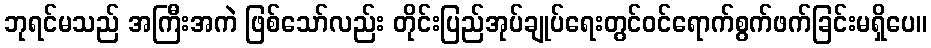
ဘုရင်မသည် အကြီးအကဲ ဖြစ်သော်လည်း တိုင်းပြည်အုပ်ချုပ်ရေးတွင်ဝင်ရောက်စွက်ဖက်ခြင်းမရှိပေ။